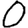
Digit: 0